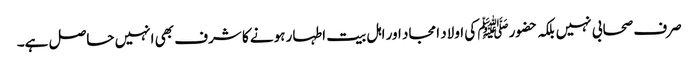
صرف صحابی نہیں بلکہ حضورﷺ کی اولاد امجاد اور اہل بیت اطہار ہونے کا شرف بھی انہیں حاصل ہے۔